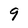
Character: 9